Vaccination in Bombay 1869-1873 - 1869-1873
Year: 1869
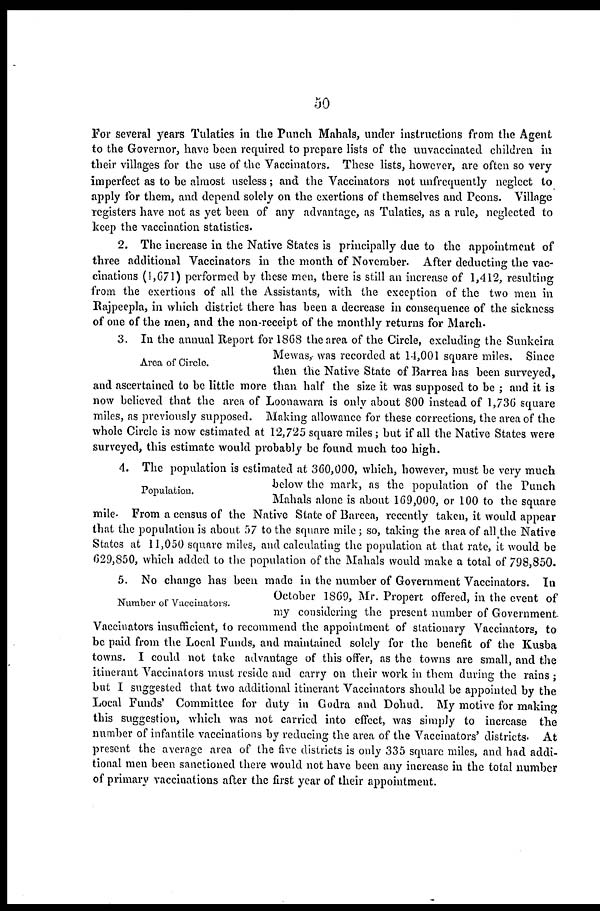
50
For several years Tulaties in the Punch Mahals, under instructions from the Agent
to the Governor, have been required to prepare lists of the unvaccinated children in
their villages for the use of the Vaccinators. These lists, however, are often so very
imperfect as to be almost useless; and the Vaccinators not unfrequently neglect to
apply for them, and depend solely on the exertions of themselves and Peons. Village
registers have not as yet been of any advantage, as Tulaties, as a rule, neglected to
keep the vaccination statistics.
2. The increase in the Native States is principally due to the appointment of
three additional Vaccinators in the month of November. After deducting the vac-
cinations (1,671) performed by these men, there is still an increase of 1,412, resulting
from the exertions of all the Assistants, with the exception of the two men in
Rajpeepla, in which district there has been a decrease in consequence of the sickness
of one of the men, and the non-receipt of the monthly returns for March.
Area of Circle.
3. In the annual Report for 1868 the area of the Circle, excluding the Sunkeira
Mewas, was recorded at 14,001 square miles. Since
then the Native State of Barrea has been surveyed,
and ascertained to be little more than half the size it was supposed to be ; and it is
now believed that the area of Loonawara is only about 800 instead of 1,736 square
miles, as previously supposed. Making allowance for these corrections, the area of the
whole Circle is now estimated at 12,725 square miles; but if all the Native States were
surveyed, this estimate would probably be found much too high.
Population.
4. The population is estimated at 360,000, which, however, must be very much
below the mark, as the population of the Punch
Mahals alone is about 169,000, or 100 to the square
mile. From a census of the Native State of Bareea, recently taken, it would appear
that the population is about 57 to the square mile; so, taking the area of all the Native
States at 11,050 square miles, and calculating the population at that rate, it would be
629,850, which added to the population of the Mahals would make a total of 798,850.
Number of Vaccinators.
5. No change has been made in the number of Government Vaccinators. In
October 1869, Mr. Propert offered, in the event of
my considering the present number of Government
Vaccinators insufficient, to recommend the appointment of stationary Vaccinators, to
be paid from the Local Funds, and maintained solely for the benefit of the Kusba
towns. I could not take advantage of this offer, as the towns are small, and the
itinerant Vaccinators must reside and carry on their work in them during the rains ;
but I suggested that two additional itinerant Vaccinators should be appointed by the
Local Funds' Committee for duty in Godra and Dohud. My motive for making
this suggestion, which was not carried into effect, was simply to increase the
number of infantile vaccinations by reducing the area of the Vaccinators' districts. At
present the average area of the five districts is only 335 square miles, and had addi-
tional men been sanctioned there would not have been any increase in the total number
of primary vaccinations after the first year of their appointment.